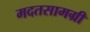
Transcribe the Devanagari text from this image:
मदतसामग्री